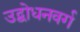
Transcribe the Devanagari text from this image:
उद्बोधनवर्ग